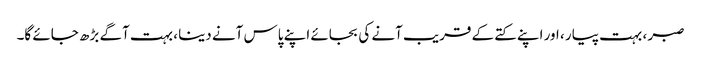
صبر ، بہت پیار ، اور اپنے کتے کے قریب آنے کی بجائے اپنے پاس آنے دینا ، بہت آگے بڑھ جائے گا۔